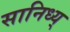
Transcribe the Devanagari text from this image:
सानिध्य्